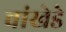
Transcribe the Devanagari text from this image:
वांखेडे